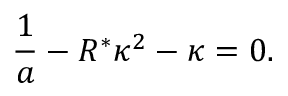
\frac { 1 } { a } - R ^ { * } \kappa ^ { 2 } - \kappa = 0 .